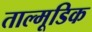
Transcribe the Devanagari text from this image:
ताल्मूडिक